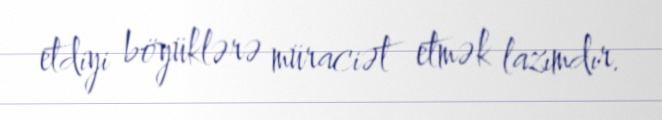
etdiyi böyüklərə müraciət etmək lazımdır.